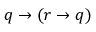
q \to ( r \to q )